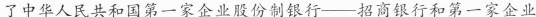
了中华人民共和国第一家企业股份制银行——招商银行和第一家企业